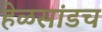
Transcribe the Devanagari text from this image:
हेळसांडच